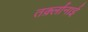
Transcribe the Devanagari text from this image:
तर्क़्लानाई